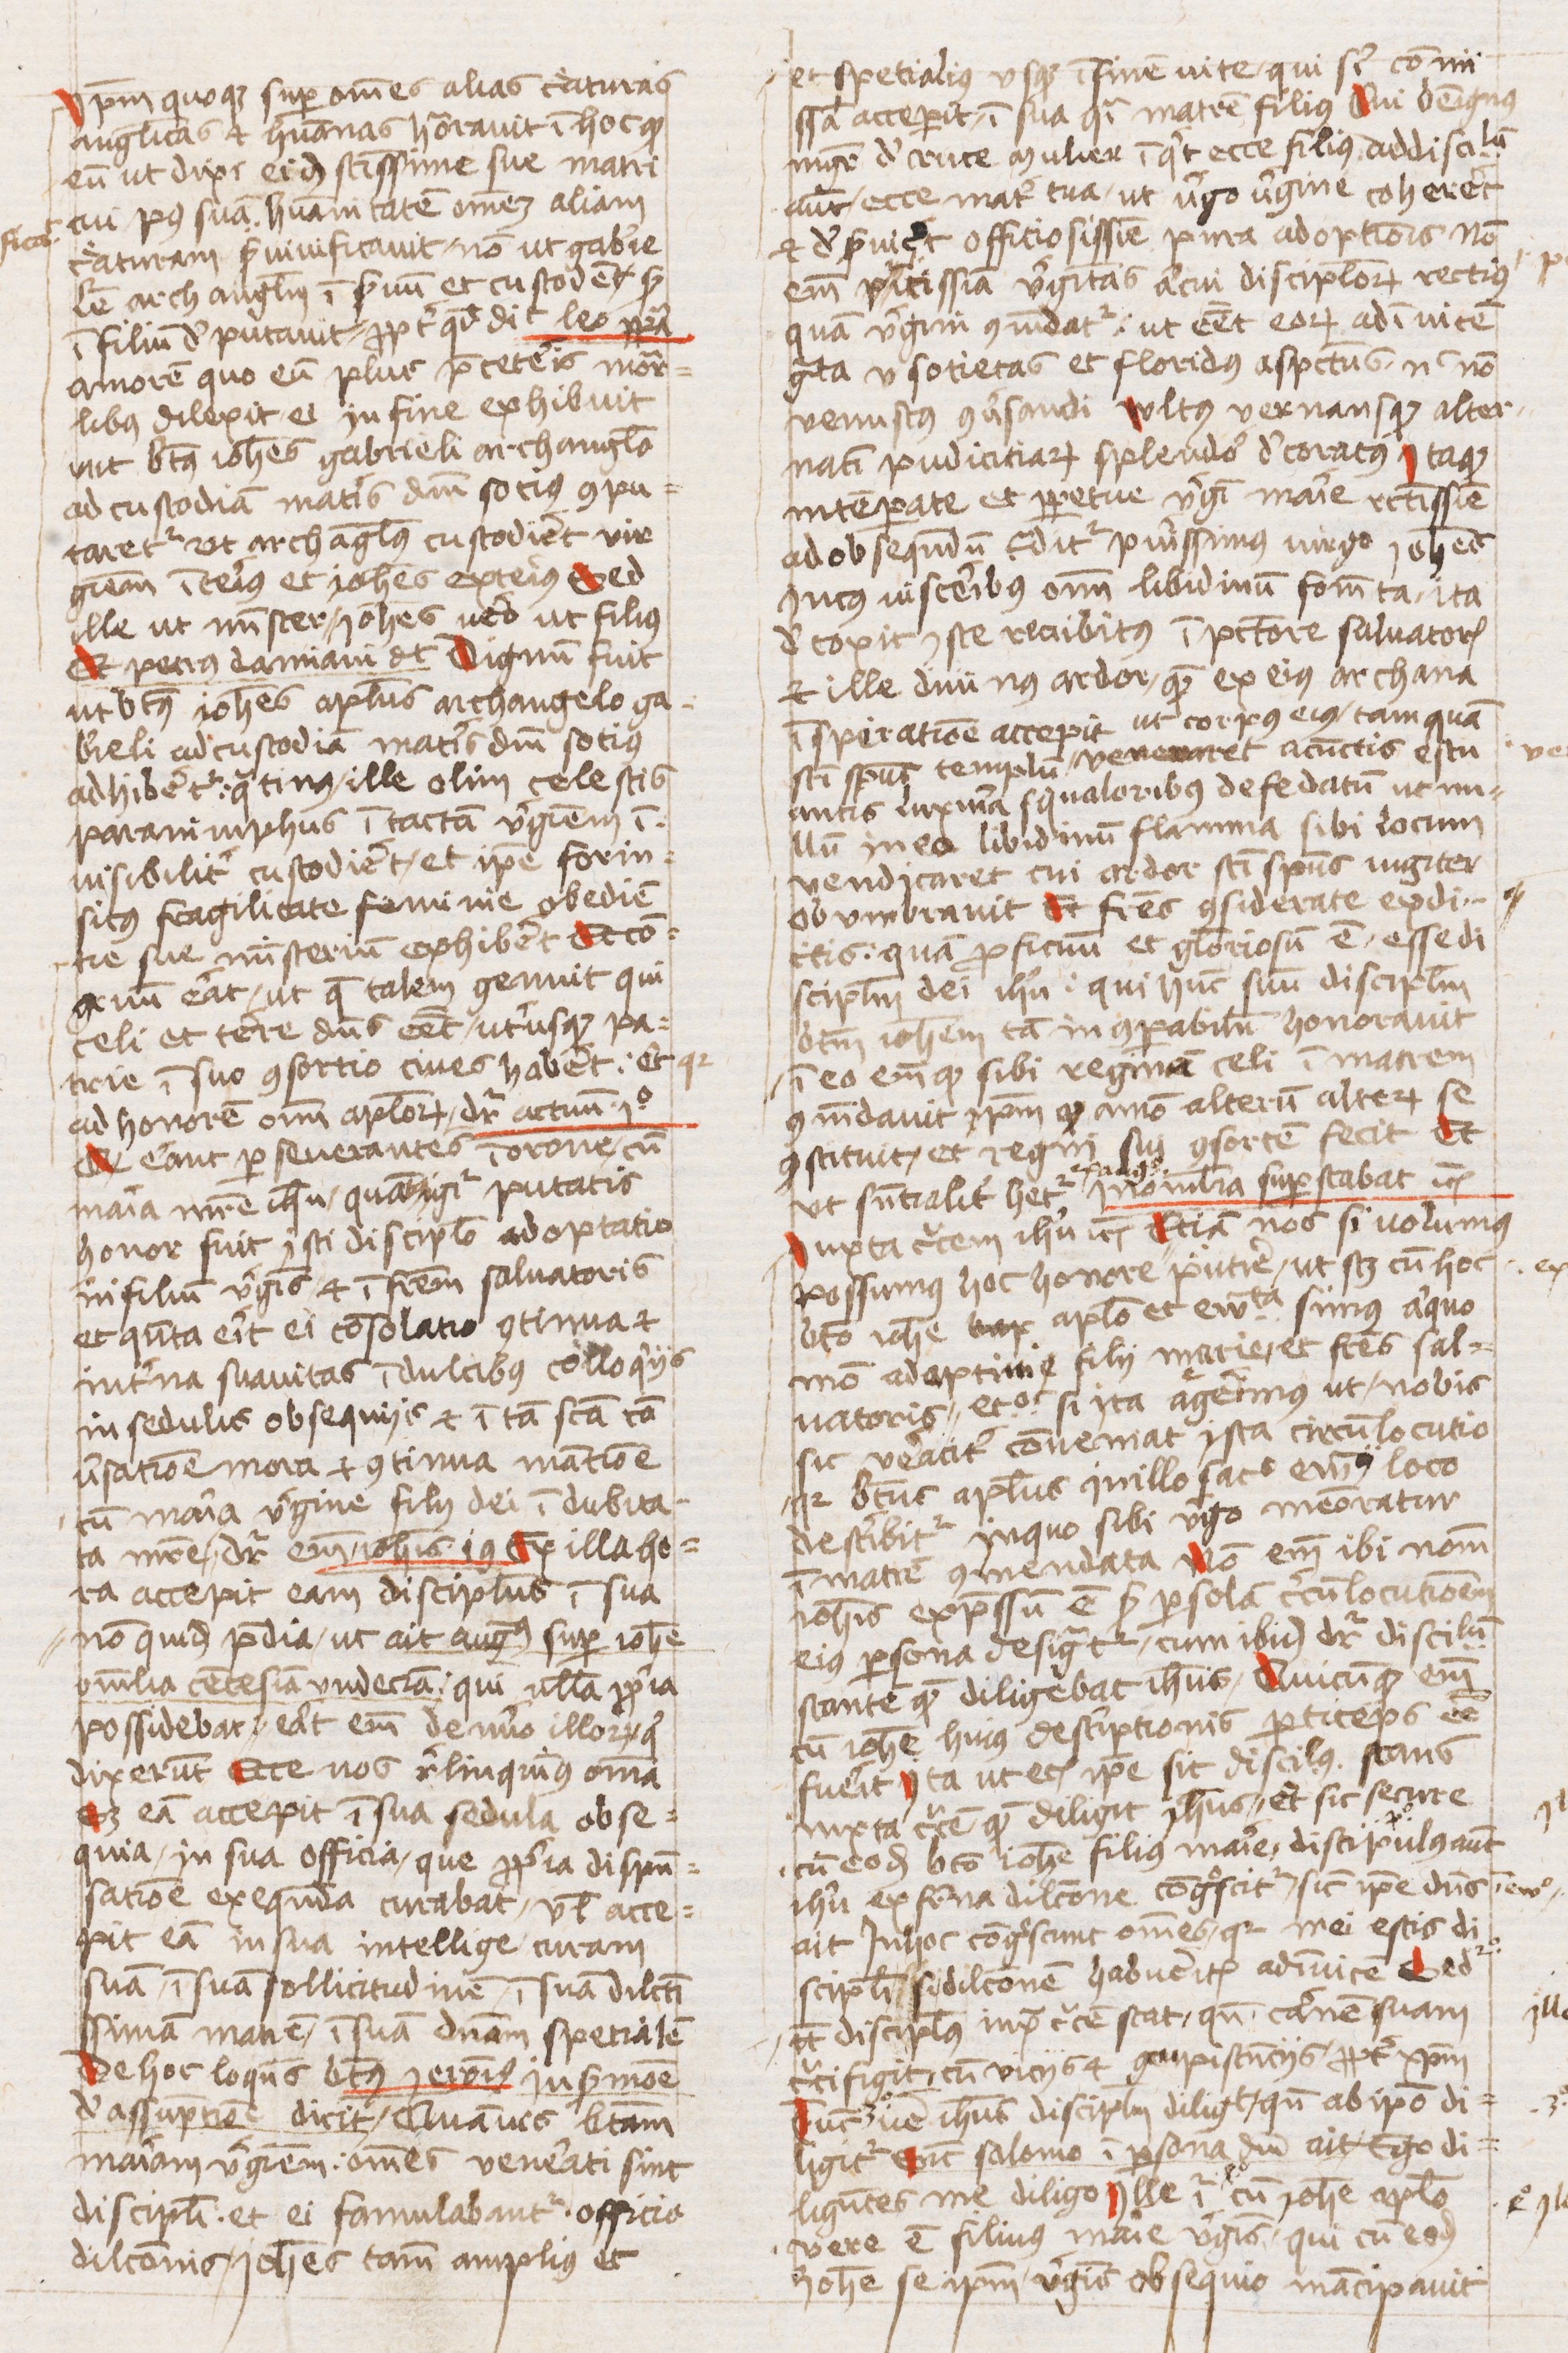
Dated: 1440–1470